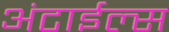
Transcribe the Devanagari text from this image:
अंटाईल्स